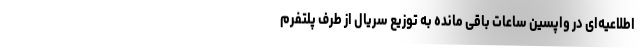
اطلاعیه‌ای در واپسین ساعات باقی مانده به توزیع سریال از طرف پلتفرم